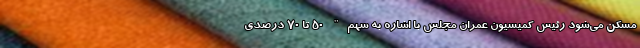
مسکن می‌شود رئیس کمیسیون عمران مجلس با اشاره به سهم" ۵۰ تا ۷۰ درصدی